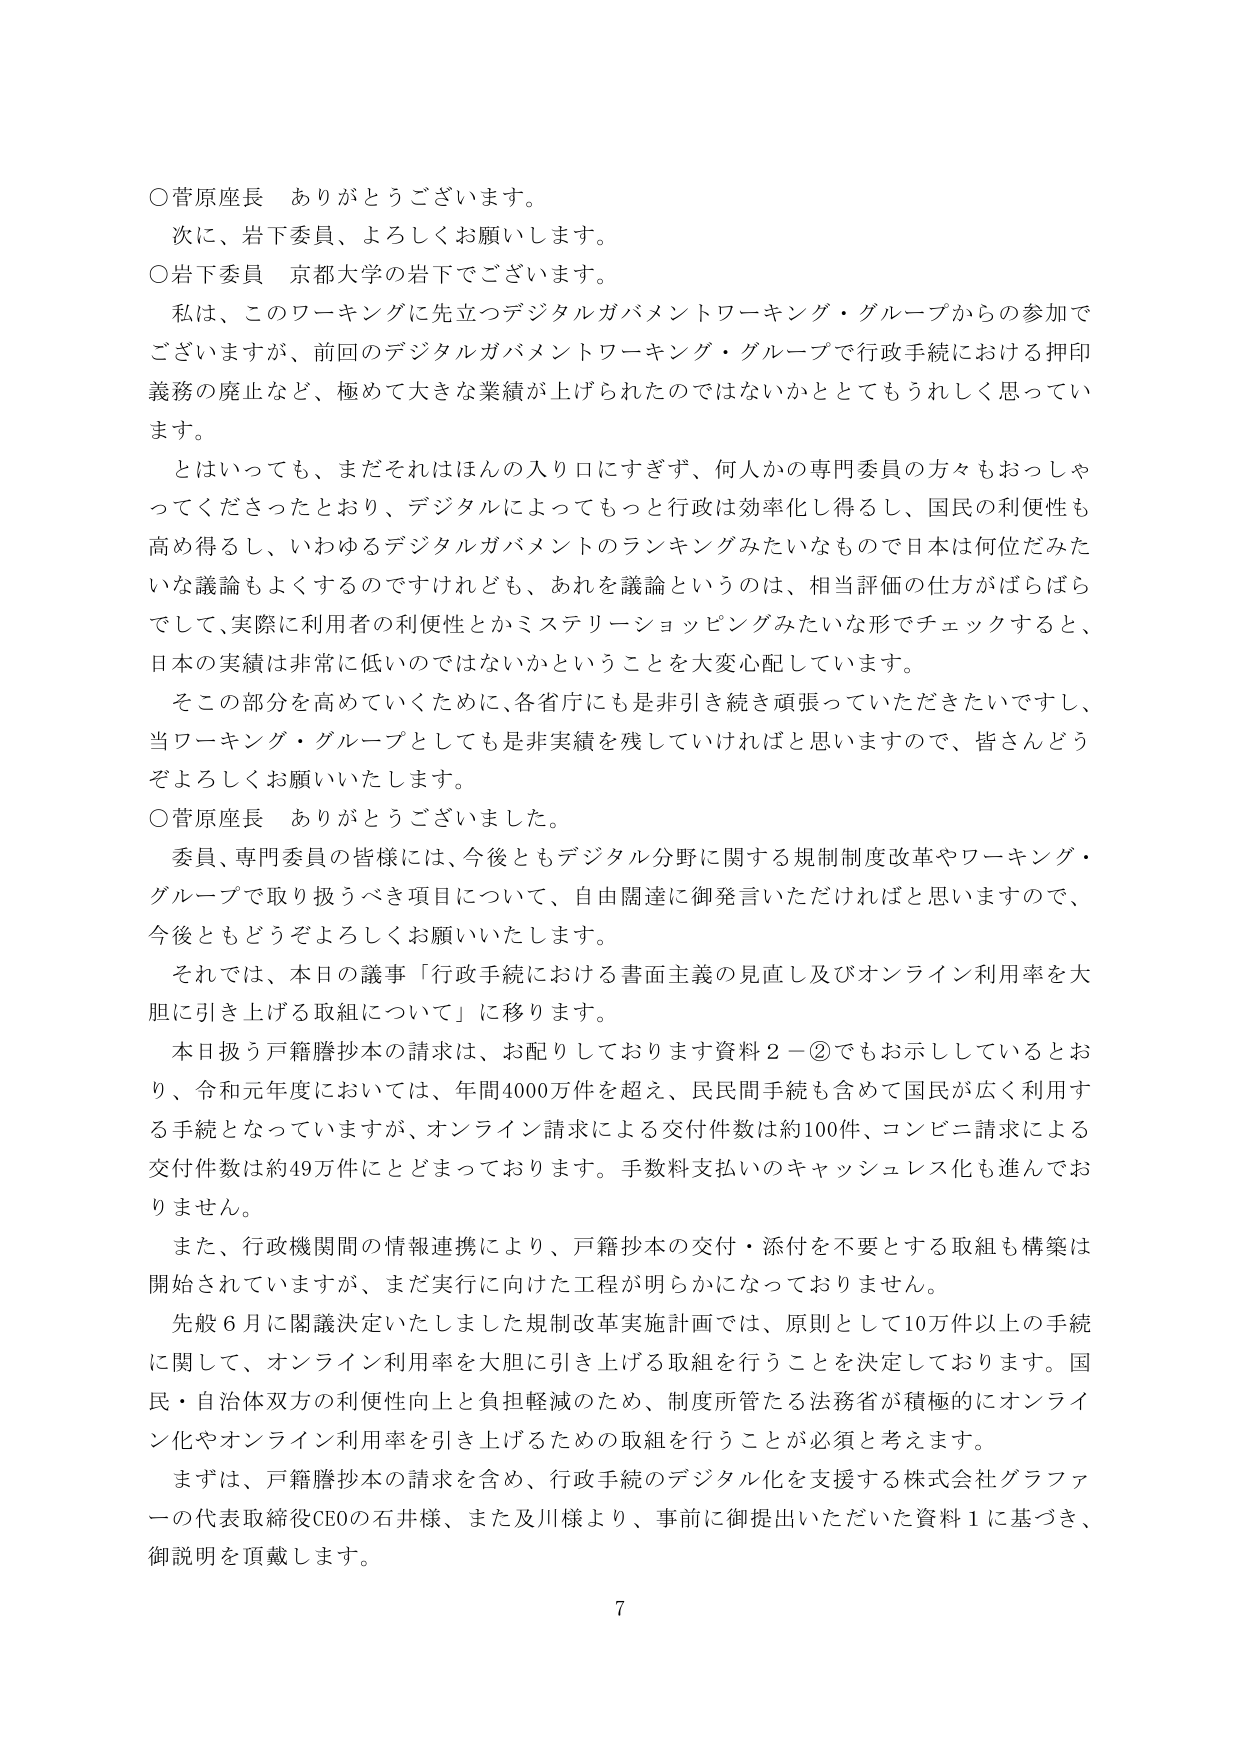
○菅原座長　ありがとうございます。
次に、岩下委員、よろしくお願いします。
○岩下委員　京都大学の岩下でございます。
私は、このワーキングに先立つデジタルガバメントワーキング・グループからの参加でございますが、前回のデジタルガバメントワーキング・グループで行政手続における押印義務の廃止など、極めて大きな業績が上げられたのではないかととてもうれしく思っています。
とはいっても、まだそれはほんの入り口にすぎず、何人かの専門委員の方々もおっしゃってくださったとおり、デジタルによってもっと行政は効率化し得るし、国民の利便性も高め得るし、いわゆるデジタルガバメントのランキングみたいなもので日本は何位だみたいな議論もよくするのですけれども、あれを議論というのは、相当評価の仕方がばらばらでして、実際に利用者の利便性とかミステリーショッピングみたいな形でチェックすると、日本の実績は非常に低いのではないかということを大変心配しています。
そこの部分を高めていくために、各省庁にも是非引き続き頑張っていただきたいですし、当ワーキング・グループとしても非実績を残していければと思いますので、皆さんどうぞよろしくお願いいたします。
○菅原座長　ありがとうございました。
委員、専門委員の皆様には、今後ともデジタル分野に関する規制制度改革やワーキング・グループで取り扱うべき項目について、自由闊達に御発言いただければと思いますので、今後ともどうぞよろしくお願いいたします。
それでは、本日の議事「行政手続における書面主義の見直し及びオンライン利用率を大胆に引き上げる取組について」に移ります。
本日扱う戸籍謄抄本の請求は、お配りしております資料２－②でもお示ししているとおり、令和元年度においては、年間4000万件を超え、民民間手続も含めて国民が広く利用する手続となっていますが、オンライン請求による交付件数は約100件、コンビニ請求による交付件数は約49万件にとどまっております。手数料支払いのキャッシュレス化も進んでおりません。
また、行政機関間の情報連携により、戸籍抄本の交付・添付を不要とする取組も構築は開始されていますが、まだ実行に向けた工程が明らかになっておりません。
先般６月に閣議決定いたしました規制改革実施計画では、原則として10万件以上の手続に関して、オンライン利用率を大胆に引き上げる取組を行うことを決定しております。国民・自治体双方の利便性向上と負担軽減のため、制度所管たる法務省が積極的にオンライン化やオンライン利用率を引き上げるための取組を行うことが必須と考えます。
まずは、戸籍謄抄本の請求を含め、行政手続のデジタル化を支援する株式会社グラファーの代表取締役CEOの石井様、また及川様より、事前に御提出いただいた資料１に基づき、御説明を頂戴します。
7